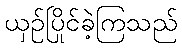
ယှဉ်ပြိုင်ခဲ့ကြသည်